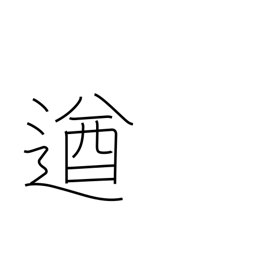
Meaning: powerful